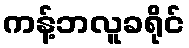
ကန့်ဘလူခရိုင်